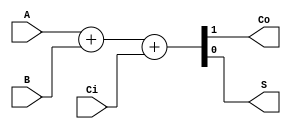
module v_full_adder(input A, B, Ci, output Co, S);
  assign {Co, S} = A + B + Ci;
endmodule